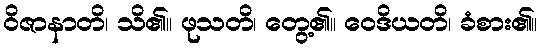
ဝိဇာနာတိ၊ သိ၏။ ဖုသတိ၊ တွေ့၏။ ဝေဒိယတိ၊ ခံစား၏။